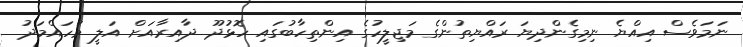
ނަމަވެސް އިއްޔެ ނިމިގެންދިޔަ ރައްޔިތުންގެ މަޖިލީހުގެ އިންތިހާބުގައި ހޮޅުދޫ ދާއިރާއަށް އަލީ މުހައްމަދު